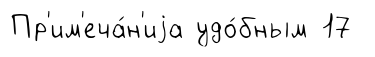
Пр'им'еча́н'иjа удо́бным 17